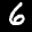
Label: 6